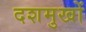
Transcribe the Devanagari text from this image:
दशमुखों